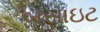
બસાઇટ